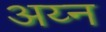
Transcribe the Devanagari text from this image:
अय्न